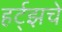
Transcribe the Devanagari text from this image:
हर्ट्‌झचे